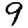
Digit: 9